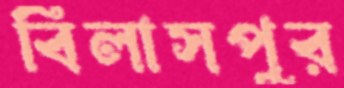
বিলাসপুর